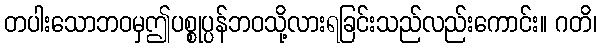
တပါးသောဘဝမှဤပစ္စုပ္ပန်ဘဝသို့လားရခြင်းသည်လည်းကောင်း။ ဂတိ၊